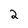
Character: 2